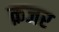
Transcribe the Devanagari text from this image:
क़जर